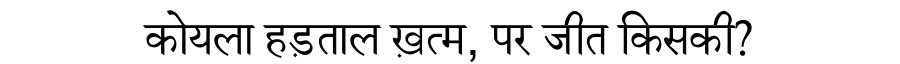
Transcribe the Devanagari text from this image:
कोयला हड़ताल ख़त्म, पर जीत किसकी?